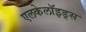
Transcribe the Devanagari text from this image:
एलकेलॉइड्स